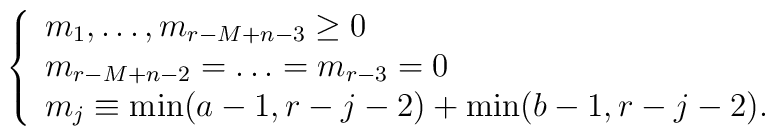
\left\{ \begin{array}{l}m_1,\ldots,m_{r-M+n-3} \geq 0 \\m_{r-M+n-2}= \ldots = m_{r-3}=0 \\m_j\equiv \min(a-1,r-j-2)+\min(b-1,r-j-2).\end{array} \right.